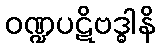
ဝဏ္ဍပဋိဗဒ္ဓါနိ